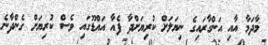
މާދަމާ އާއި އަންގާރައިގެ ނިޔަލަށް ކުރިޔަށްދާ ފެއާ އައްޑޫގައި ވެސް ކުރިޔަށް ގެންދާނެ